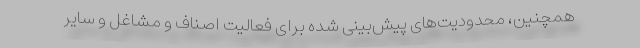
همچنین، محدودیت‌های پیش‌بینی شده برای فعالیت اصناف و مشاغل و سایر